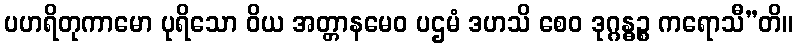
ပဟရိတုကာမော ပုရိသော ဝိယ အတ္တာနမေဝ ပဌမံ ဒဟသိ စေဝ ဒုဂ္ဂန္ဓဉ္စ ကရောသီ”တိ။